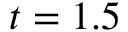
t = 1 . 5